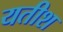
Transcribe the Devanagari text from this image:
यतीश